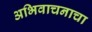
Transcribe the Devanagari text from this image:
अभिवाचनाचा